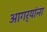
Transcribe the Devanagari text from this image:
आगर्‍यांना